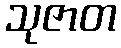
သုဇာတ